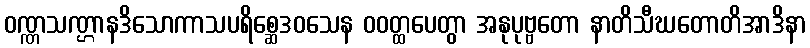
ဝဏ္ဏသဏ္ဌာနဒိသောကာသပရိစ္ဆေဒဝသေန ဝဝတ္ထပေတွာ အနုပုဗ္ဗတော နာတိသီဃတောတိအာဒိနာ